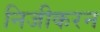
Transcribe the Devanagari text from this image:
निजीकरन